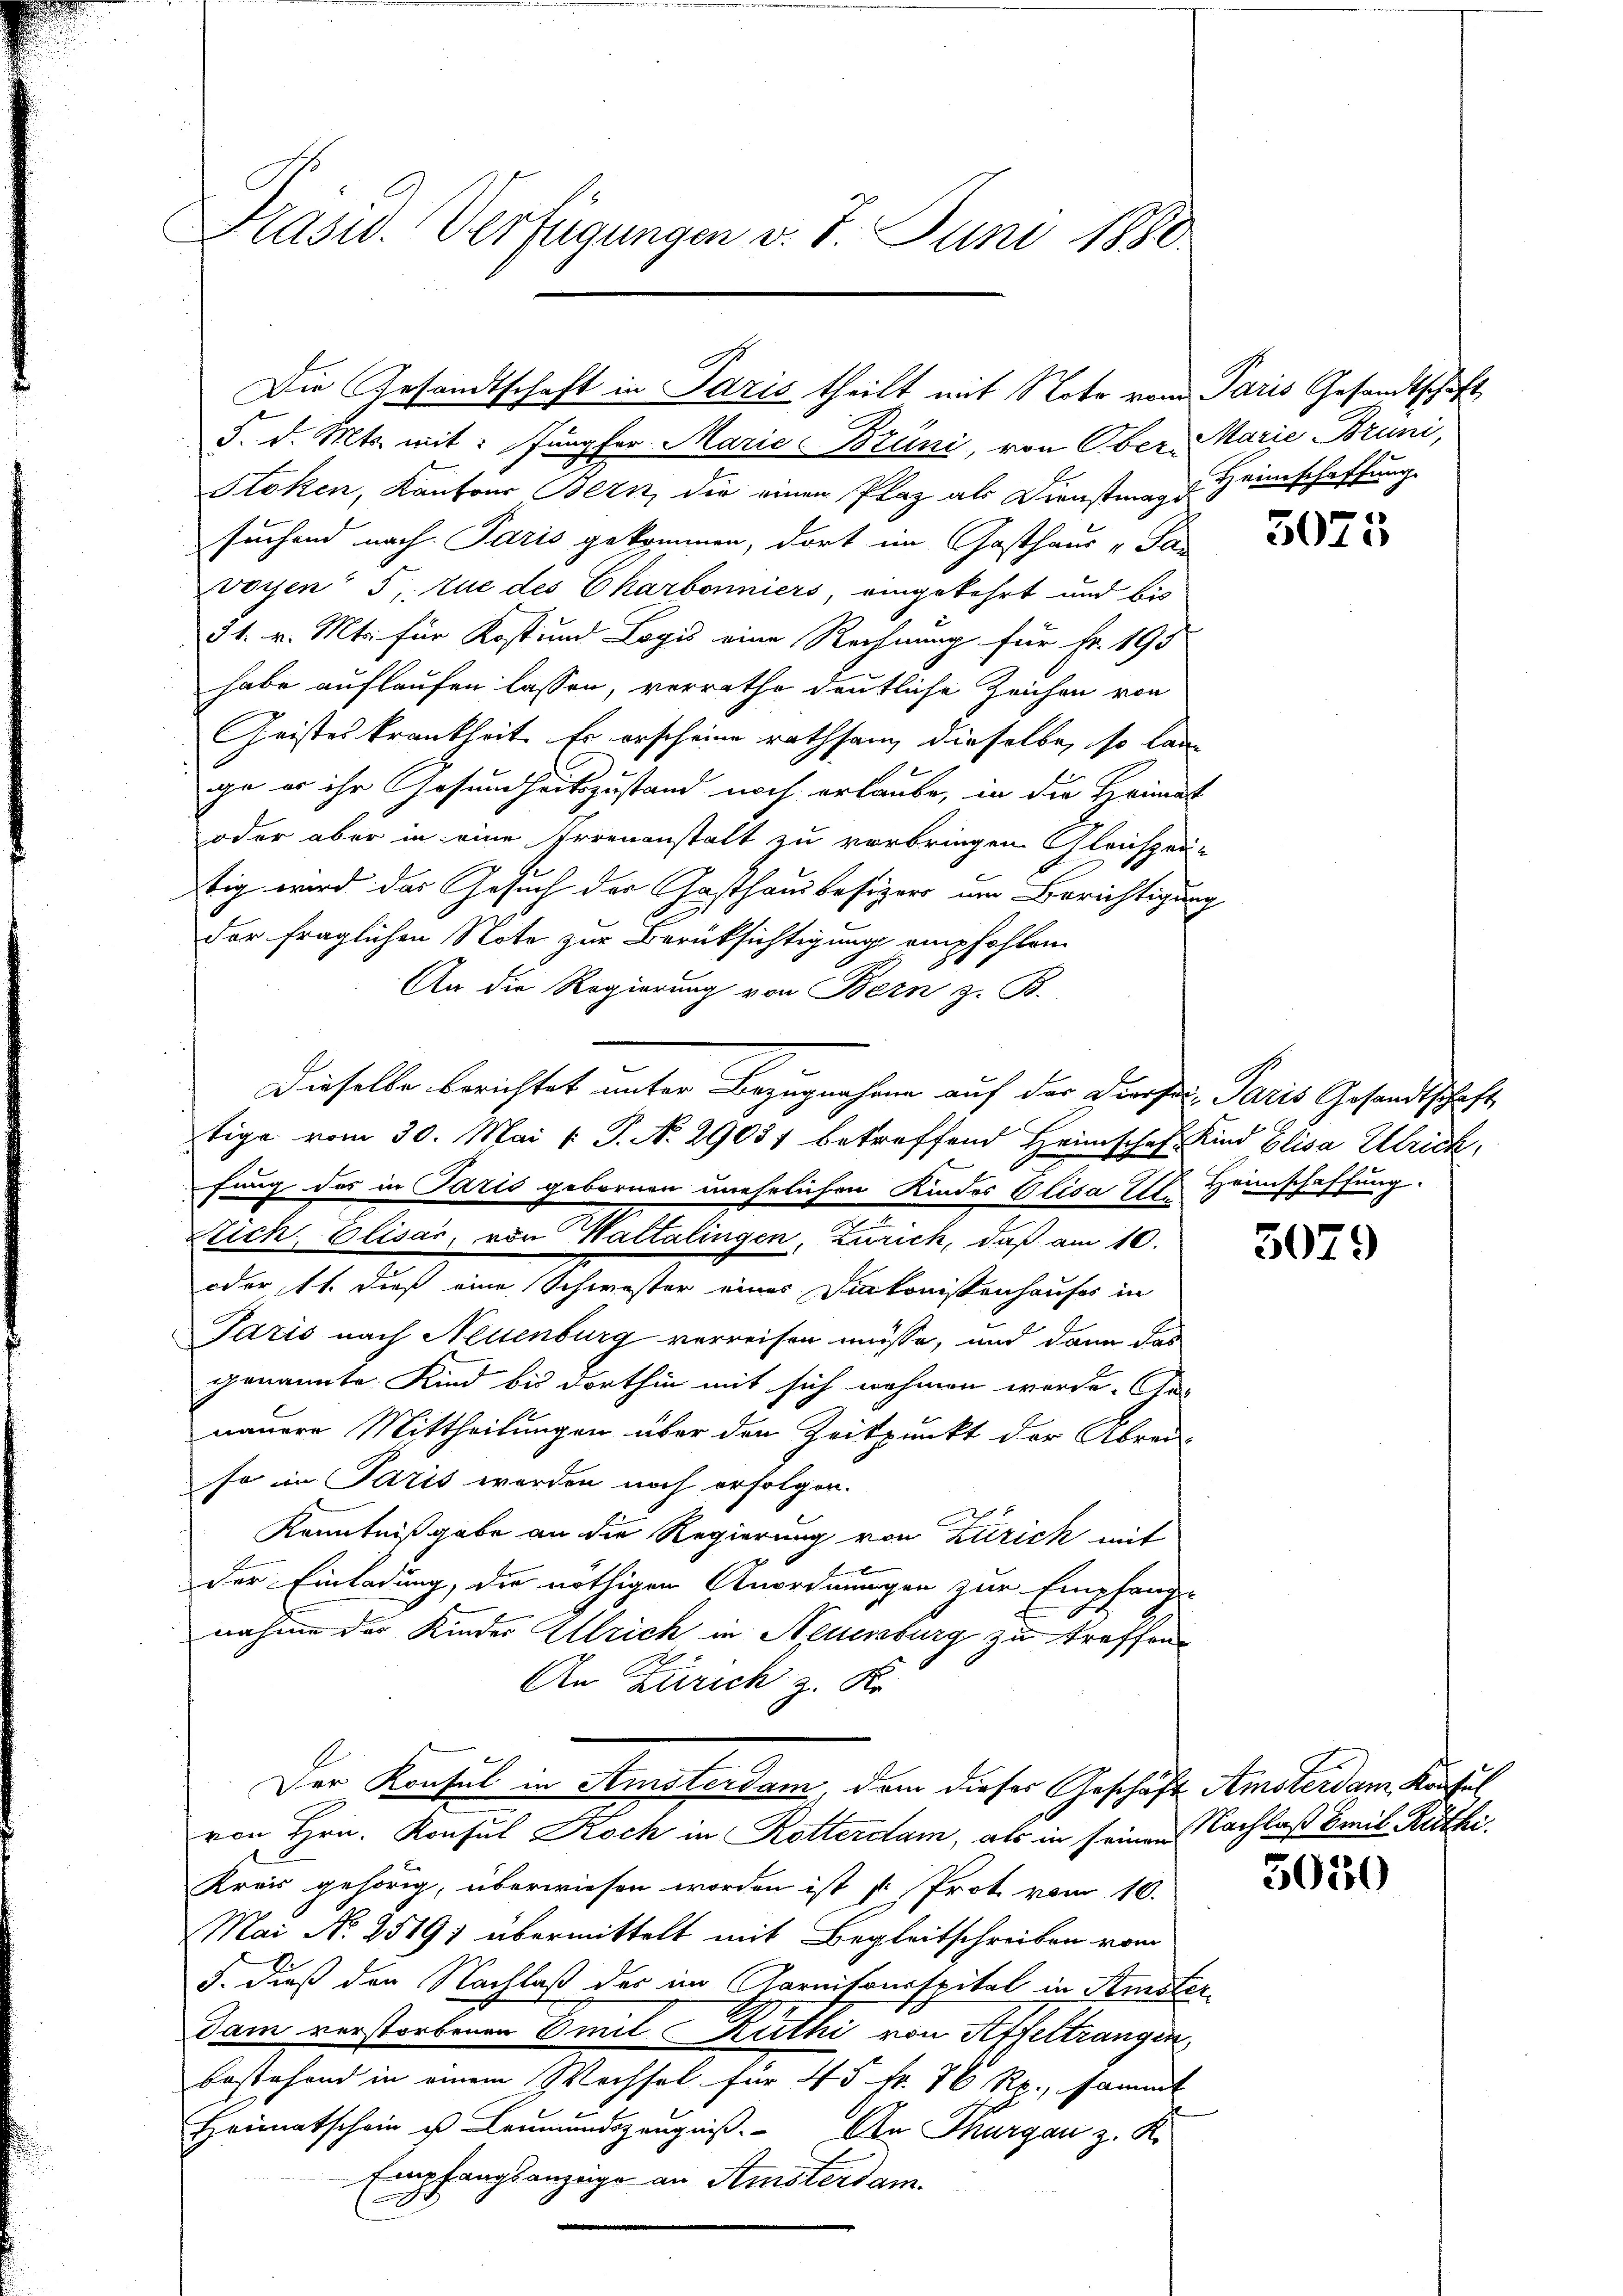
Präsid. Verfügungen v. 7. Juni 1880

5. d. Mts. mit: Jungfer Marie Brüni, von Ober- Marie Bruni,
Stöken, Kantons Bern, die einen Plaz als Dienstmagi
suchend nach Paris gekommen, dort im Gasthaus „Sa-
voyen 5. tue des Charbonniers, eingekehrt und bis
31. v. Mts. für Kost und Logis eine Rechnung für Fr. 195
habe auflaufen lassen, verrathe deutliche Zeichen von
Geistes krankheit. Er erscheine rathsam dieselbe, so kann
e
ge er ihr Gesundheitszustand noch erlaube, in die Heimal
oder aber in eine Irrenanstalt zu vorbringen. Gleichzen
tig wird das Gesuch der Gasthausbesizers um Berichtigun
der fraglichen Note zur Berüksichtigung empfohlen
An die Regierung von Bern z. B.
fung des in Paris gebornen unehelichen Kindes Elisa St. Heimschaffung.
Stich, Elisar, von Waltalingen, Zürich, daß am 10.
oder 11. dieß eine Schwester eines Diakonistenhauses in
Paris nach Neuenburg verreisen müsse, und dann das
genannte. Kind bis dorthin mit sich nehmen werde. Ge-
nauere Mittheilungen über den Zeitpunkt der Abrei-
so in Paris werden noch erfolgen.
Kenntnißgabe an die Regierung von Zürich mit
der Einladung, die nöthigen Anordnungen zur Empfang-
nahme der Kinder Ulrich in Neuenburg zu treffen¬
An Zürich z. K.
Der Konsul in Amsterdam, dem dieser Geschäft. Amsterdam Kaufen,
von Hrn. Konsul Koch in Rotterdam, als in seinen Nachlaß Emil Ruthi¬
Kreis gehörig, überwiesen worden ist s. Prot vom 16.
Mai No 25191 übermittelt mit Begleitschreiben vom
J. dieß den Nachlaß der im Garnitonsspital in Kister
dam verstorbenen Emil Ruthi von Affeltrangin
bestehend in einem Wechsel für 45 Fr. 70 Rp., sammt
Heimatschein ich Leumundszeugniß. Den Thurgau z. K.
Empfangsanzeige an Anisterdam.

Die Gesandtschaft in Paris theilt mit Note vom Paris Gesandtschaft

Dieselbe berichtet unter Bezugnahme auf der Dieses Paris Gesandtschaft
tige vom 30. Mai v. P. N. 29051 betreffend Heimschaft Kind Elisa Ulrich,

Heimschaffung.

3075

5079

5050